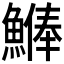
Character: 𩺨